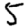
Digit: 5